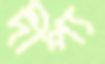
দীপ্য